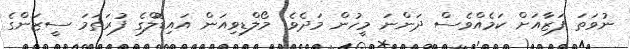
ނުވަތަ ފަޒާއަށް ކަމެއްވެސް ދަންނަ މީހުން މަދެވެ. މޯލްޑިވިއަން އައިޑޮލްގެ ފުރަތަމަ ސީޒަންގެ